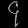
Digit: ၄